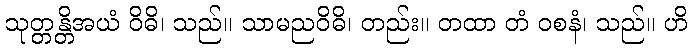
သုတ္တန္တိအယံ ဝိဓိ၊ သည်။ သာမညဝိဓိ၊ တည်း။ တထာ တံ ဝစနံ၊ သည်။ ဟိ